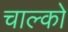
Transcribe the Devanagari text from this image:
चाल्को